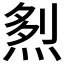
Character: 𤉥